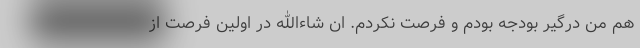
هم من درگیر بودجه بودم و فرصت نکردم. ان شاءالله در اولین فرصت از